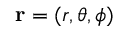
\boldsymbol { \mathbf { r } } = ( r , \theta , \phi )